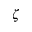
\zeta